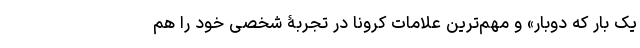
یک بار که دوبار» و مهم‌ترین علامات کرونا در تجربۀ شخصی خود را هم